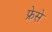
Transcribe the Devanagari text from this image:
फ्रेसे